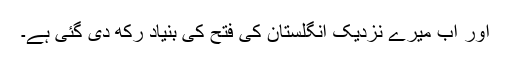
اور اب میرے نزدیک انگلستان کی فتح کی بنیاد رکھ دی گئی ہے۔